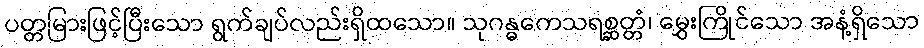
ပတ္တမြားဖြင့်ပြီးသော ရွက်ချပ်လည်းရှိထသော။ သုဂန္ဓကေသရစ္ဆတ္တံ၊ မွှေးကြိုင်သော အနံ့ရှိသော